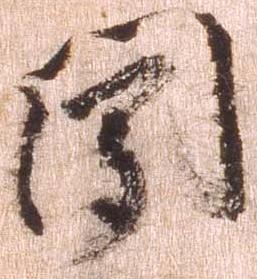
聞